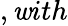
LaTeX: ,\mathit{w}ith